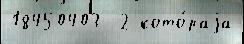
18450403  2 кото́раjа